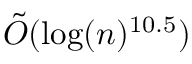
{ \tilde { O } } ( \log ( n ) ^ { 1 0 . 5 } )